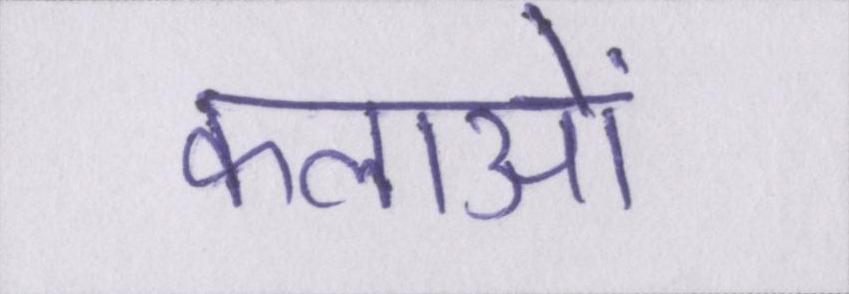
कलाओं